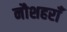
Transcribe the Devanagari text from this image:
नौशहराँ